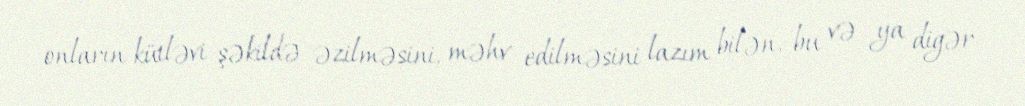
onların kütləvi şəkildə əzilməsini, məhv edilməsini lazım bilən, bu və ya digər